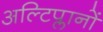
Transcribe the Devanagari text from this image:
अल्टिप्लानों